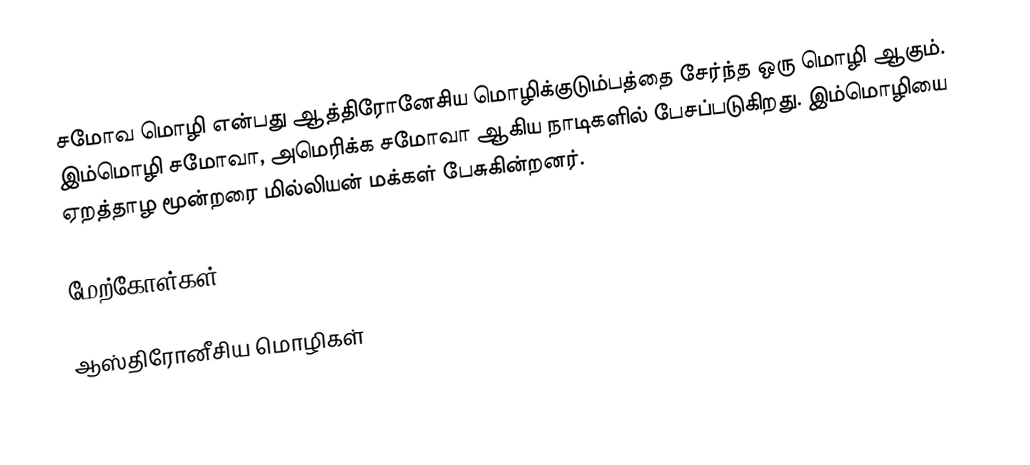
சமோவ மொழி என்பது ஆத்திரோனேசிய மொழிக்குடும்பத்தை சேர்ந்த ஒரு மொழி ஆகும். இம்மொழி சமோவா, அமெரிக்க சமோவா ஆகிய நாடிகளில் பேசப்படுகிறது. இம்மொழியை ஏறத்தாழ மூன்றரை மில்லியன் மக்கள் பேசுகின்றனர்.

மேற்கோள்கள்

ஆஸ்திரோனீசிய மொழிகள்